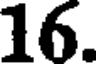
16.